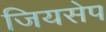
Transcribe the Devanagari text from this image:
जियसेप